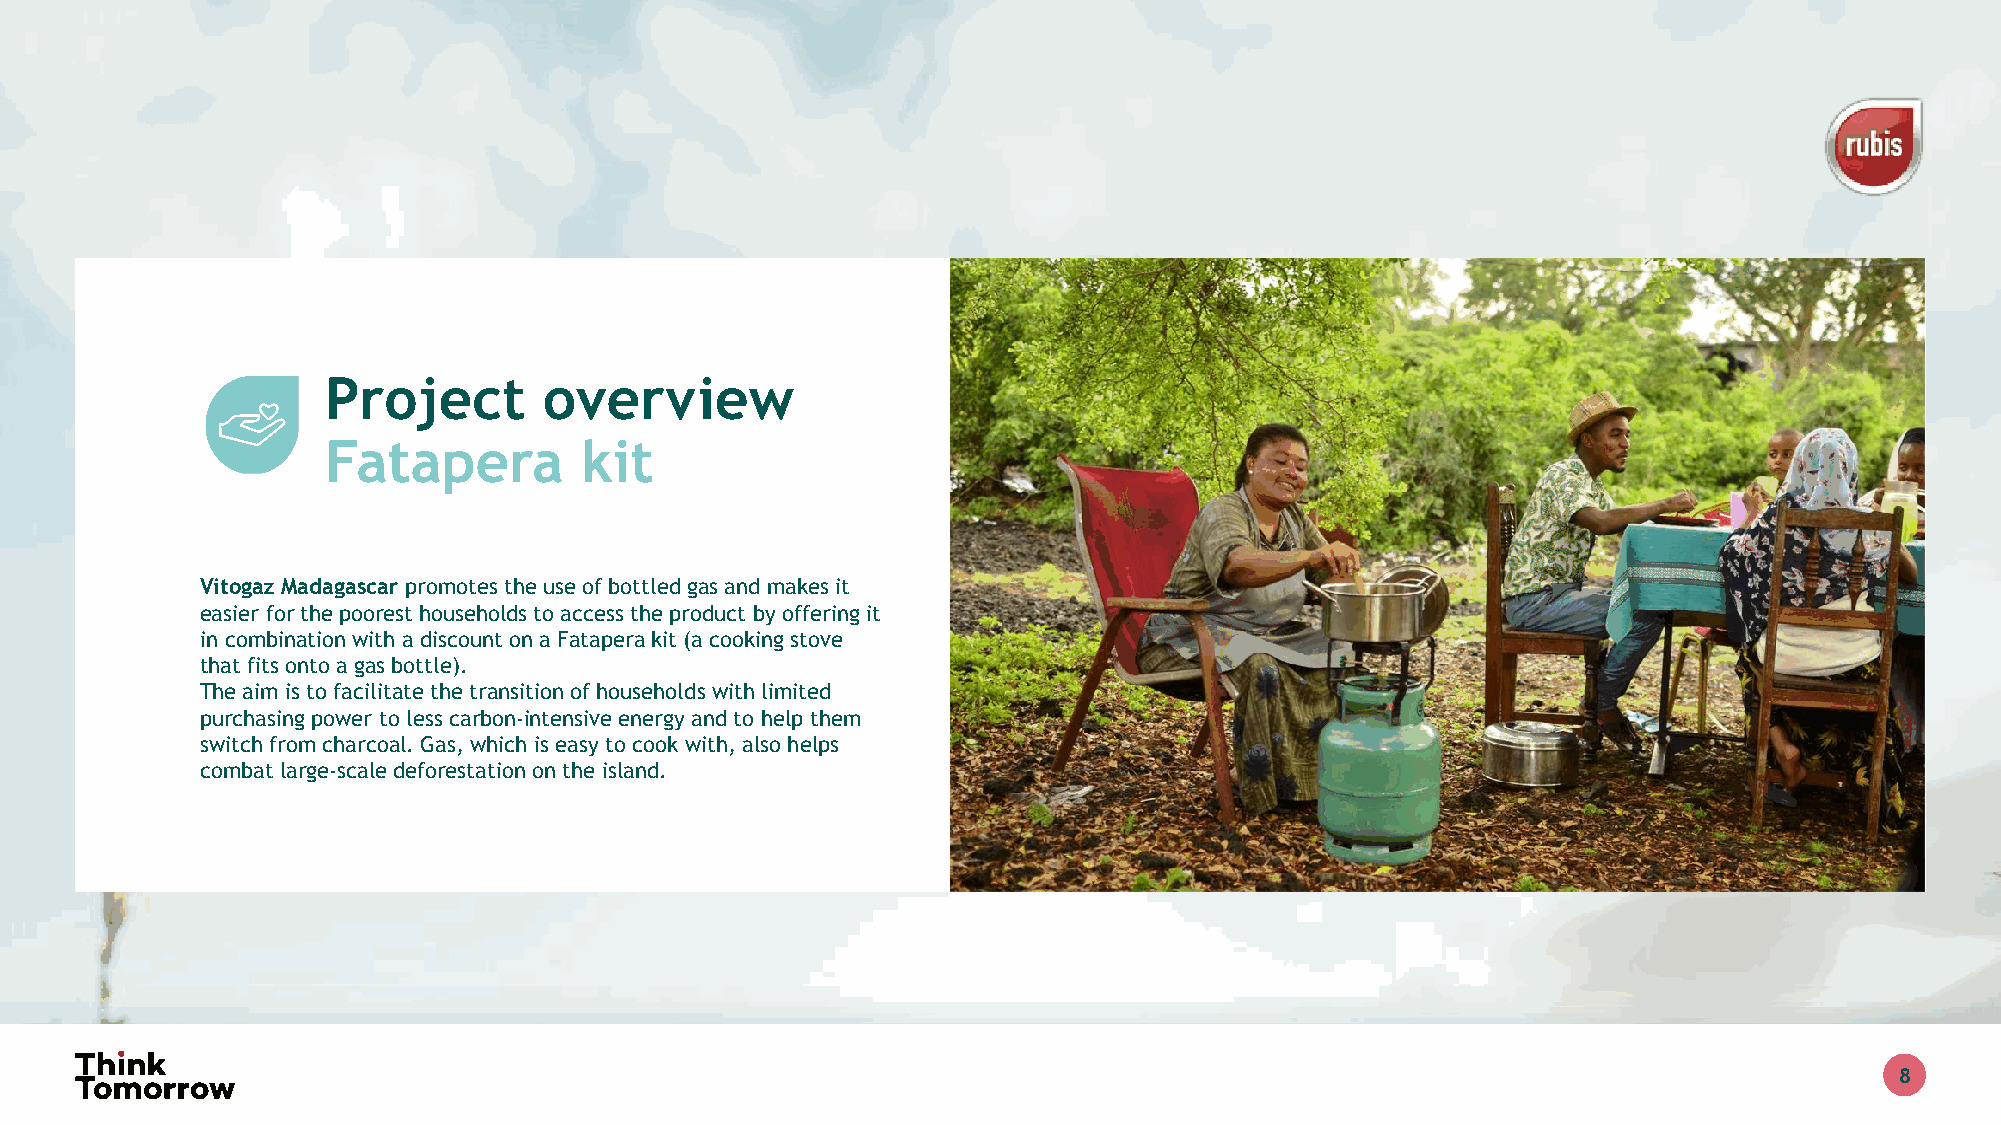
Project       overview
 Fatapera        kit
 Vitogaz Madagascar promotes the use of bottled gas and makes it
 easier for the poorest households to access the product by offering it
 in combination with a discount on a Fatapera kit (a cooking stove
 that fits onto a gas bottle).
 The aim is to facilitate the transition of households with limited
 purchasing power to less carbon-intensive energy and to help them
 switch from charcoal. Gas, which is easy to cook with, also helps
 combat large-scale deforestation on the island.
 8